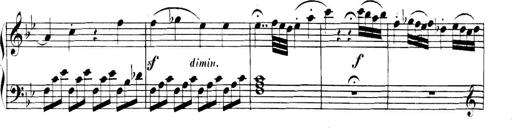
Title: Collected Piano Sonatas
Composer: Muzio Clementi